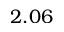
2 . 0 6